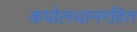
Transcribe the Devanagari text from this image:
कपोलधानरहित